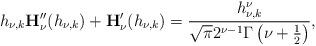
LaTeX: \begin{align*}{h_{\nu,k}}\mathbf{H}_\nu''(h_{\nu,k})+\mathbf{H}_\nu'(h_{\nu,k})=\frac{h_{\nu,k}^{\nu}}{\sqrt{\pi}2^{\nu-1}\Gamma\left(\nu+\frac{1}{2}\right)},\end{align*}